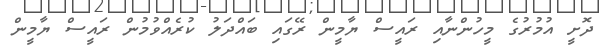
ދޮށީ އުމުރުގެ މީހުންނާއި ރައީސް ޔާމީން ރޭގައި ބައްދަލު ކުރެއްވުމުން ރައީސް ޔާމީން